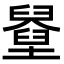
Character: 𡓓